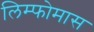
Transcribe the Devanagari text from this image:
लिम्‍फोमास